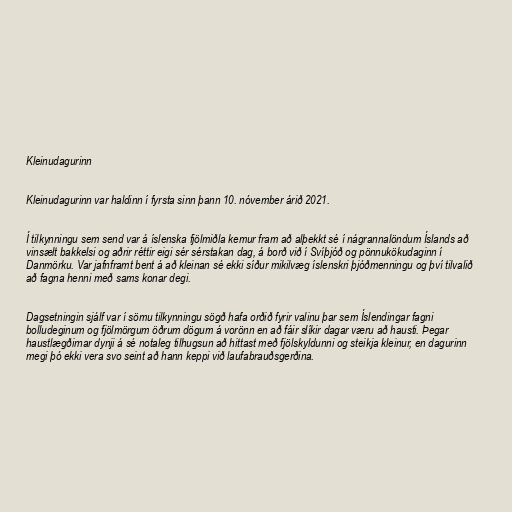
Kleinudagurinn

Kleinudagurinn var haldinn í fyrsta sinn þann 10. nóvember árið 2021.

Í tilkynningu sem send var á íslenska fjölmiðla kemur fram að alþekkt sé í nágrannalöndum Íslands að
vinsælt bakkelsi og aðrir réttir eigi sér sérstakan dag, á borð við í Svíþjóð og pönnukökudaginn í
Danmörku. Var jafnframt bent á að kleinan sé ekki síður mikilvæg íslenskri þjóðmenningu og því tilvalið
að fagna henni með sams konar degi.

Dagsetningin sjálf var í sömu tilkynningu sögð hafa orðið fyrir valinu þar sem Íslendingar fagni
bolludeginum og fjölmörgum öðrum dögum á vorönn en að fáir slíkir dagar væru að hausti. Þegar
haustlægðirnar dynji á sé notaleg tilhugsun að hittast með fjölskyldunni og steikja kleinur, en dagurinn
megi þó ekki vera svo seint að hann keppi við laufabrauðsgerðina.